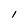
Character: l